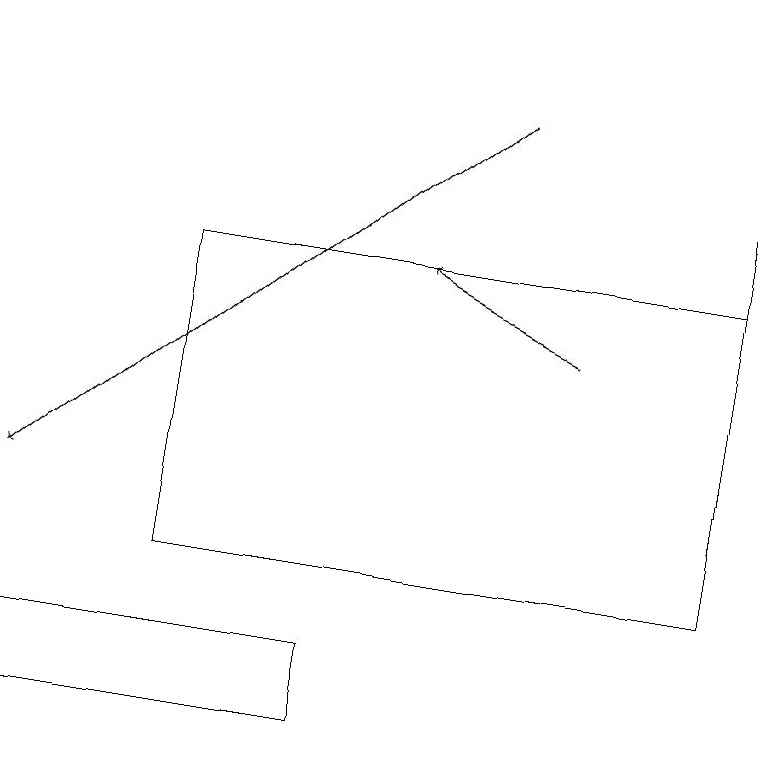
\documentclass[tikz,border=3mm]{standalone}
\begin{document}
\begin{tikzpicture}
\draw[->] (7,15) -- (5,16);
\draw (9,19) rectangle (9,12);
\draw (2,16) rectangle (9,12);
\draw[->] (6,18) -- (0,13);
\draw (4,10) rectangle (0,11);
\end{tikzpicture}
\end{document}